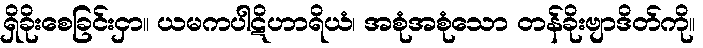
ရှိခိုးစေခြင်းငှာ။ ယမကပါဋိဟာရိယံ၊ အစုံအစုံသော တန်ခိုးဗျာဒိတ်ကို။